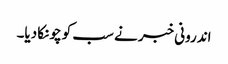
اندرونی خبر نے سب کو چونکا دیا۔